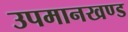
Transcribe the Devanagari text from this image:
उपमानखण्ड